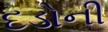
દડોની